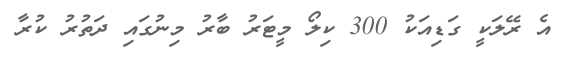
އެ ރޭލަކީ ގަޑިއަކު 300 ކިލޯ މީޓަރު ބާރު މިނުގައި ދަތުރު ކުރާ